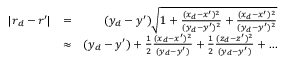
\begin{array} { r l r } { | \boldsymbol { r } _ { d } - \boldsymbol { r } ^ { \prime } | } & { = } & { ( y _ { d } - y ^ { \prime } ) \sqrt { 1 + \frac { ( x _ { d } - x ^ { \prime } ) ^ { 2 } } { ( y _ { d } - y ^ { \prime } ) ^ { 2 } } + \frac { ( x _ { d } - x ^ { \prime } ) ^ { 2 } } { ( y _ { d } - y ^ { \prime } ) ^ { 2 } } } } \\ & { \approx } & { ( y _ { d } - y ^ { \prime } ) + \frac { 1 } { 2 } \frac { ( x _ { d } - x ^ { \prime } ) ^ { 2 } } { ( y _ { d } - y ^ { \prime } ) } + \frac { 1 } { 2 } \frac { ( z _ { d } - z ^ { \prime } ) ^ { 2 } } { ( y _ { d } - y ^ { \prime } ) } + \dots } \end{array}